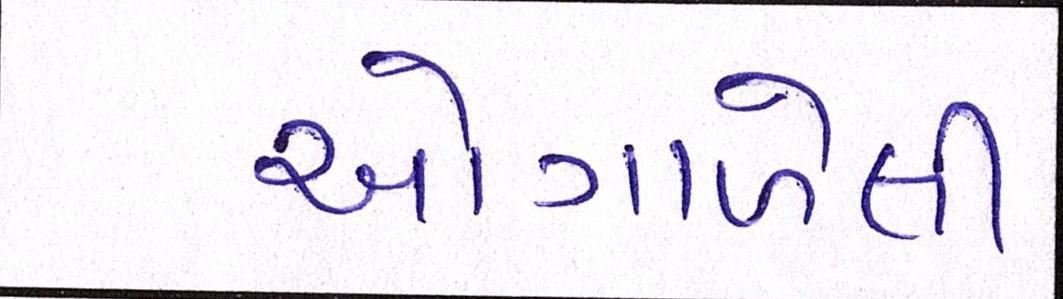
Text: ઓગાળેલી